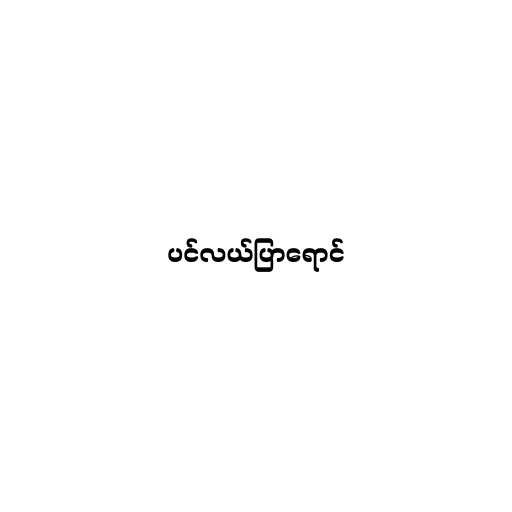
ပင်လယ်ပြာရောင်